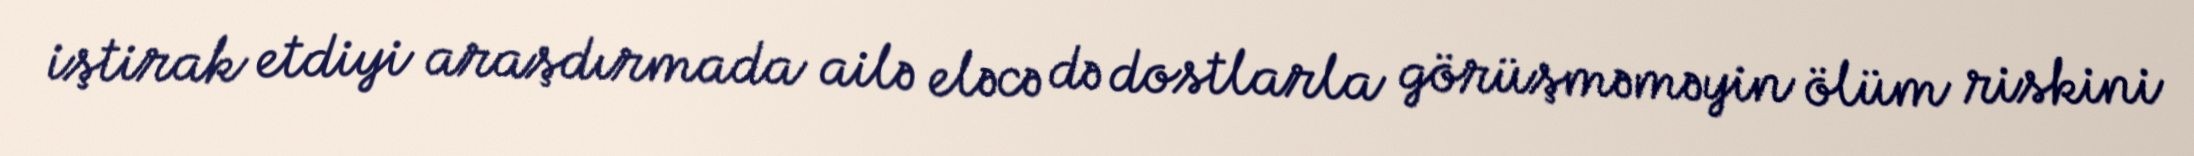
iştirak etdiyi araşdırmada ailə eləcə də dostlarla görüşməməyin ölüm riskini